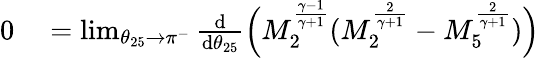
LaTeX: \begin{array}{rl}{0}&{{}=\operatorname*{lim}_{\theta_{25}\to\pi^{-}}\frac{\mathrm{d}}{\mathrm{d}\theta_{25}}\Big(M_{2}^{\frac{\gamma-1}{\gamma+1}}(M_{2}^{\frac{2}{\gamma+1}}-M_{5}^{\frac{2}{\gamma+1}})\Big)}\end{array}